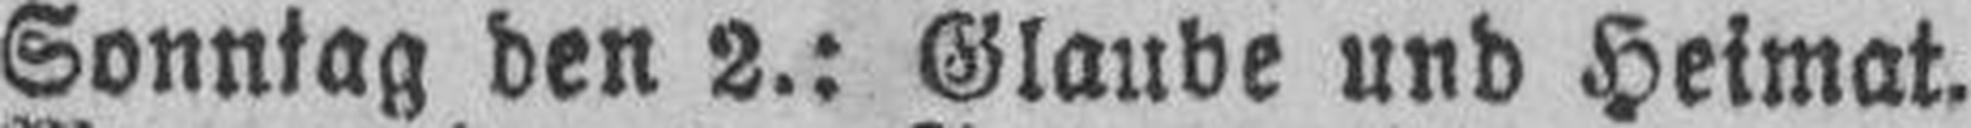
Sonntag den 2.: Glaube und Heimat.